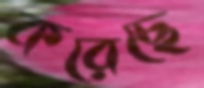
করেছে